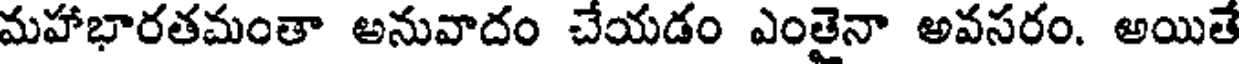
మహాభారతమంతా అనువాదం చేయడం ఎంతైనా అవసరం. అయితే